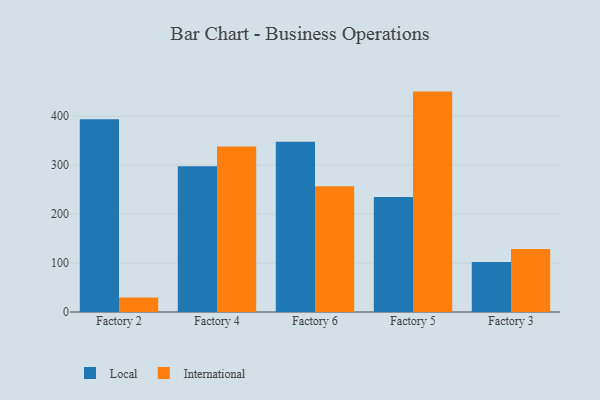
{"axis": {"x": "Factory", "y": "Latency (ms)"}, "legend": ["International", "Local"], "data": [{"x": "Factory 2", "y": 393.7, "type": "Local"}, {"x": "Factory 2", "y": 29.6, "type": "International"}, {"x": "Factory 4", "y": 297.7, "type": "Local"}, {"x": "Factory 4", "y": 337.6, "type": "International"}, {"x": "Factory 6", "y": 347.7, "type": "Local"}, {"x": "Factory 6", "y": 256.5, "type": "International"}, {"x": "Factory 5", "y": 234.5, "type": "Local"}, {"x": "Factory 5", "y": 449.9, "type": "International"}, {"x": "Factory 3", "y": 102.2, "type": "Local"}, {"x": "Factory 3", "y": 128.4, "type": "International"}]}